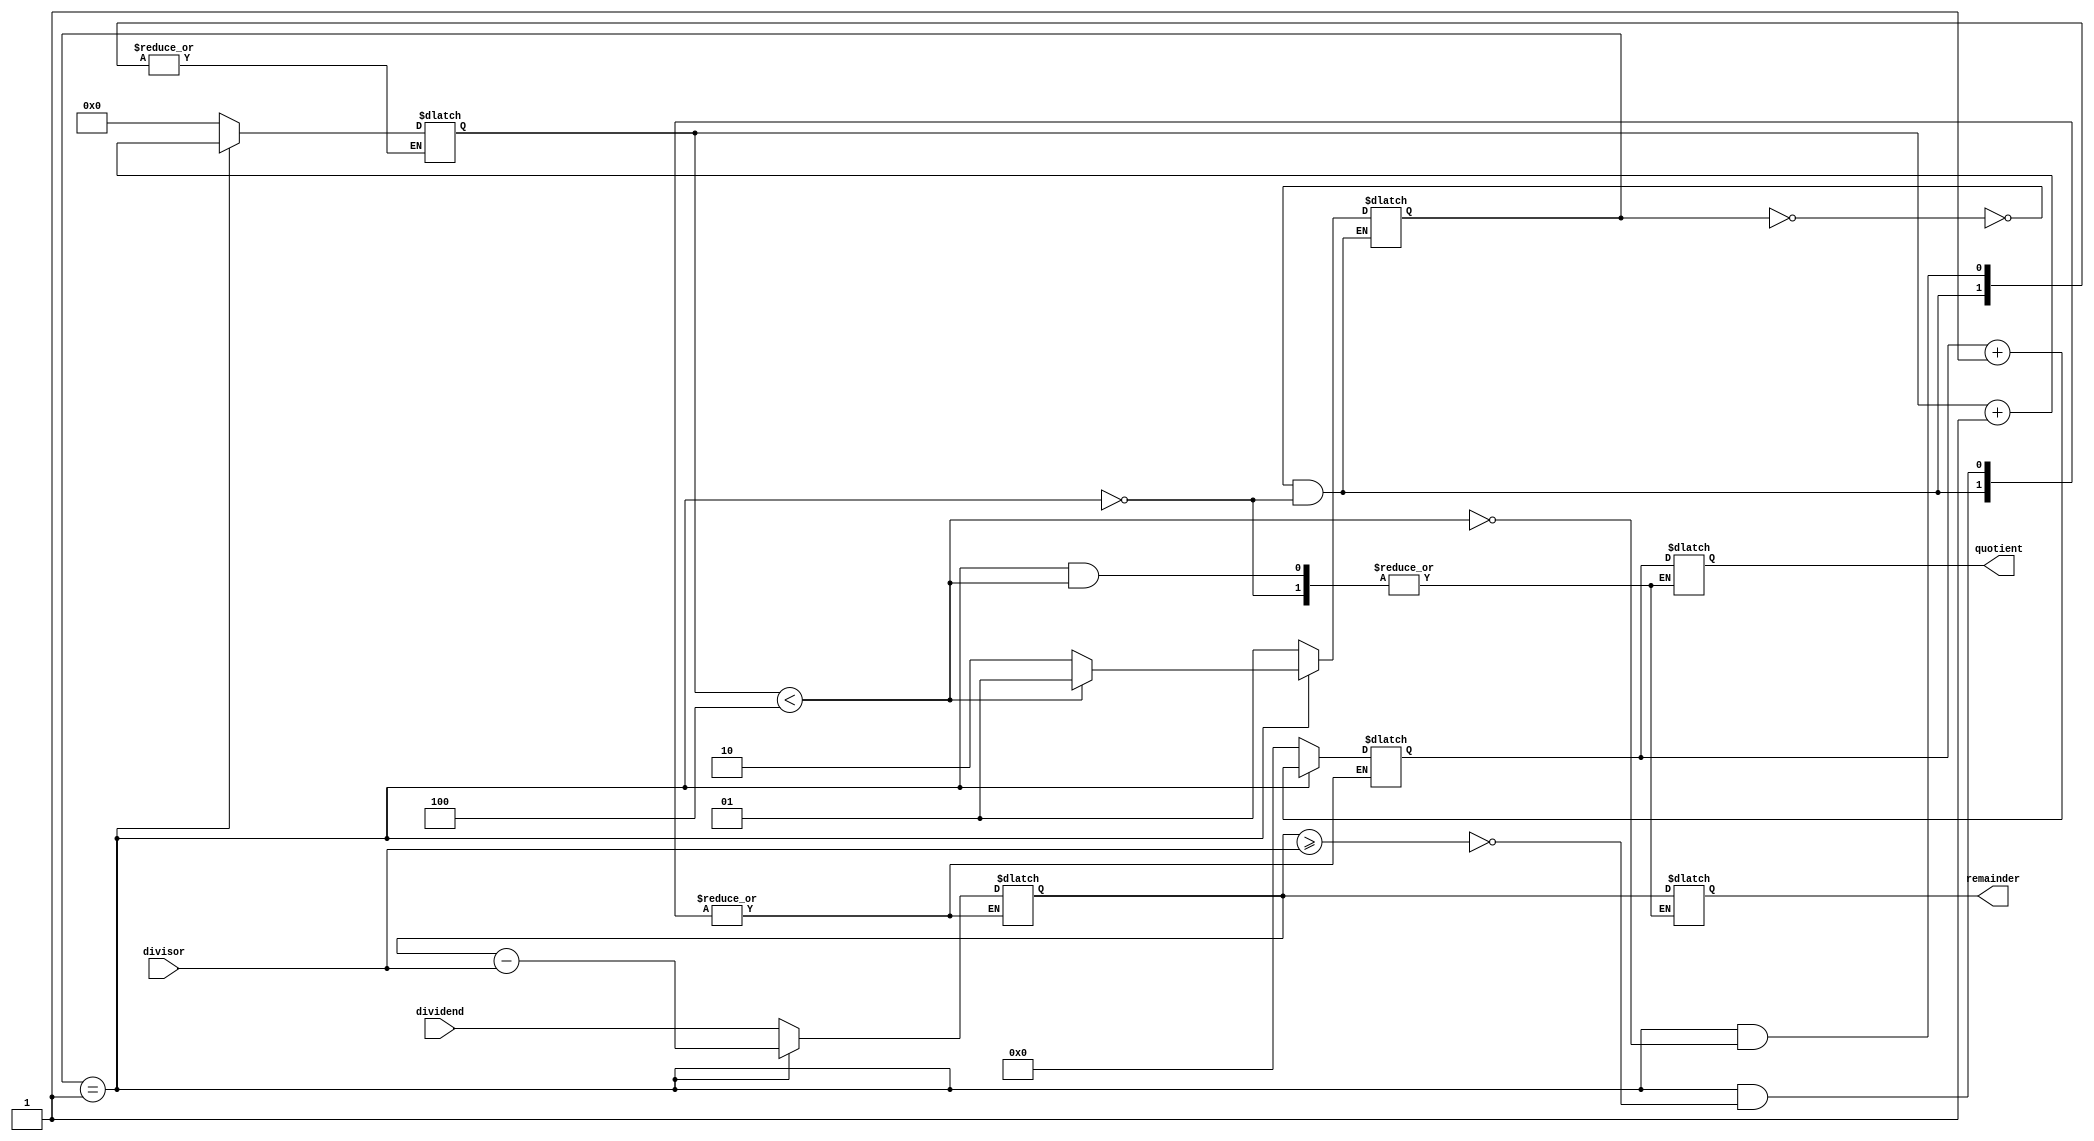
module radix2_srt_divider (
    input wire [7:0] dividend,
    input wire [7:0] divisor,
    output reg [7:0] quotient,
    output reg [7:0] remainder
);

reg [7:0] partial_remainder;
reg [7:0] partial_quotient;
reg [3:0] iteration_count;
reg [1:0] state;

always @ (*)
begin
    case (state)
        0: begin // Initialization state
            partial_remainder <= dividend;
            partial_quotient <= 8'b0;
            iteration_count <= 4'b0;
            state <= 1;
        end
        1: begin // Iteration state
            if (partial_remainder >= divisor) begin
                partial_remainder <= partial_remainder - divisor;
                partial_quotient <= partial_quotient + 1;
            end
            if (iteration_count < 4) begin
                iteration_count <= iteration_count + 1;
                state <= 1;
            end
            else begin
                remainder <= partial_remainder;
                quotient <= partial_quotient;
                state <= 2;
            end
        end
        2: begin // Final state
            // Do nothing, division operation complete
        end
    endcase
end

endmodule